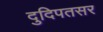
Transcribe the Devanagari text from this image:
दुदिपतसर